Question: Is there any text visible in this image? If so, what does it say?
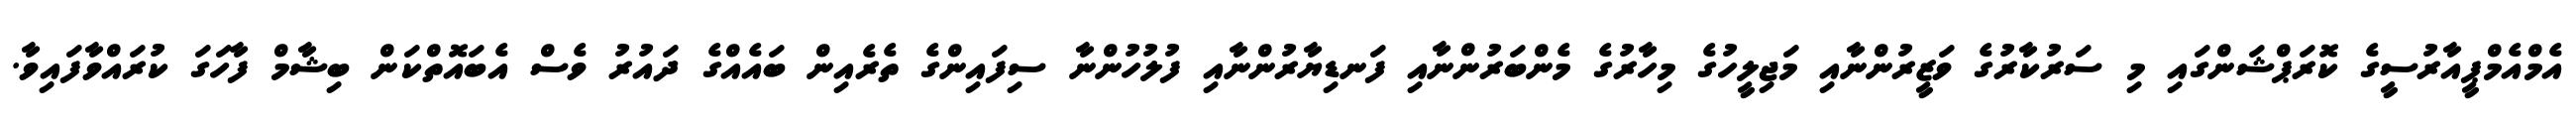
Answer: އެމްއެމްޕީއާރުސީގެ ކޮރަޕްޝަންގައި މި ސަރުކާރުގެ ވަޒީރުންނާއި މަޖިލީހުގެ މިހާރުގެ މެންބަރުންނާއި ފަނޑިޔާރުންނާއި ފުލުހުންނާ ސިފައިންގެ ތެރެއިން ބައެއްގެ ދައުރު ވެސް އެބައޮތްކަން ބިޝާމް ފާހަގަ ކުރައްވާފައިވާ.